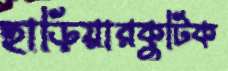
হাড়িয়ারকুটিক